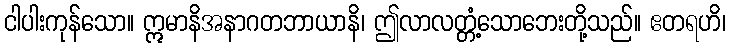
ငါပါးကုန်သော။ ဣမာနိအနာဂတဘာယာနိ၊ ဤလာလတ္တံ့သောဘေးတို့သည်။ ဧတရဟိ၊